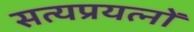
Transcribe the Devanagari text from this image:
सत्यप्रयत्नों